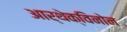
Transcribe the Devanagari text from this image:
आर्थेक्विनोन